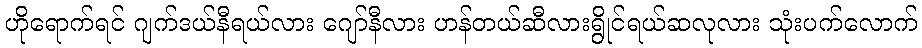
ဟိုရောက်ရင် ဂျက်ဒယ်နီရယ်လား ဂျော်နီလား ဟန်တယ်ဆီလားရွိုင်ရယ်ဆလုလား သုံးပက်လောက်